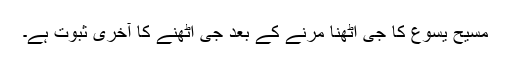
مسیح یسوع کا جی اٹھنا مرنے کے بعد جی اٹھنے کا آخری ثبوت ہے۔